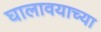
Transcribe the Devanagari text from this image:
घालावयाच्या